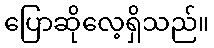
ပြောဆိုလေ့ရှိသည်။